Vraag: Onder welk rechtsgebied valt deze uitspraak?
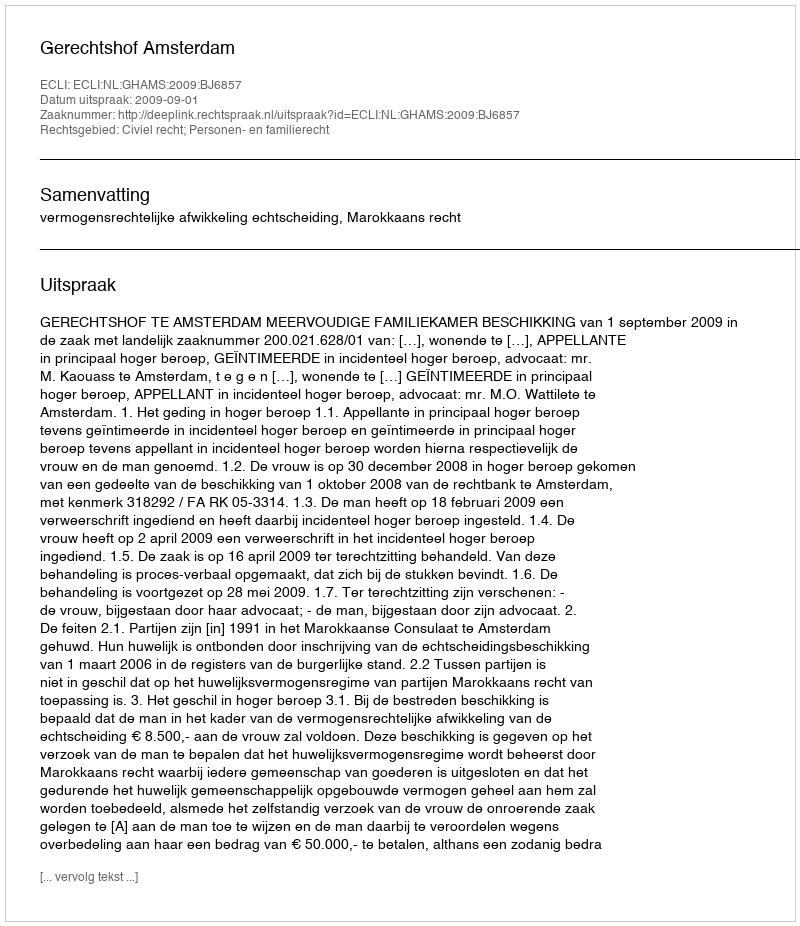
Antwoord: Civiel recht; Personen- en familierecht